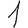
Digit: 1